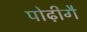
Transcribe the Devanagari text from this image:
पोढ़ीगै